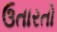
ઉતારતો